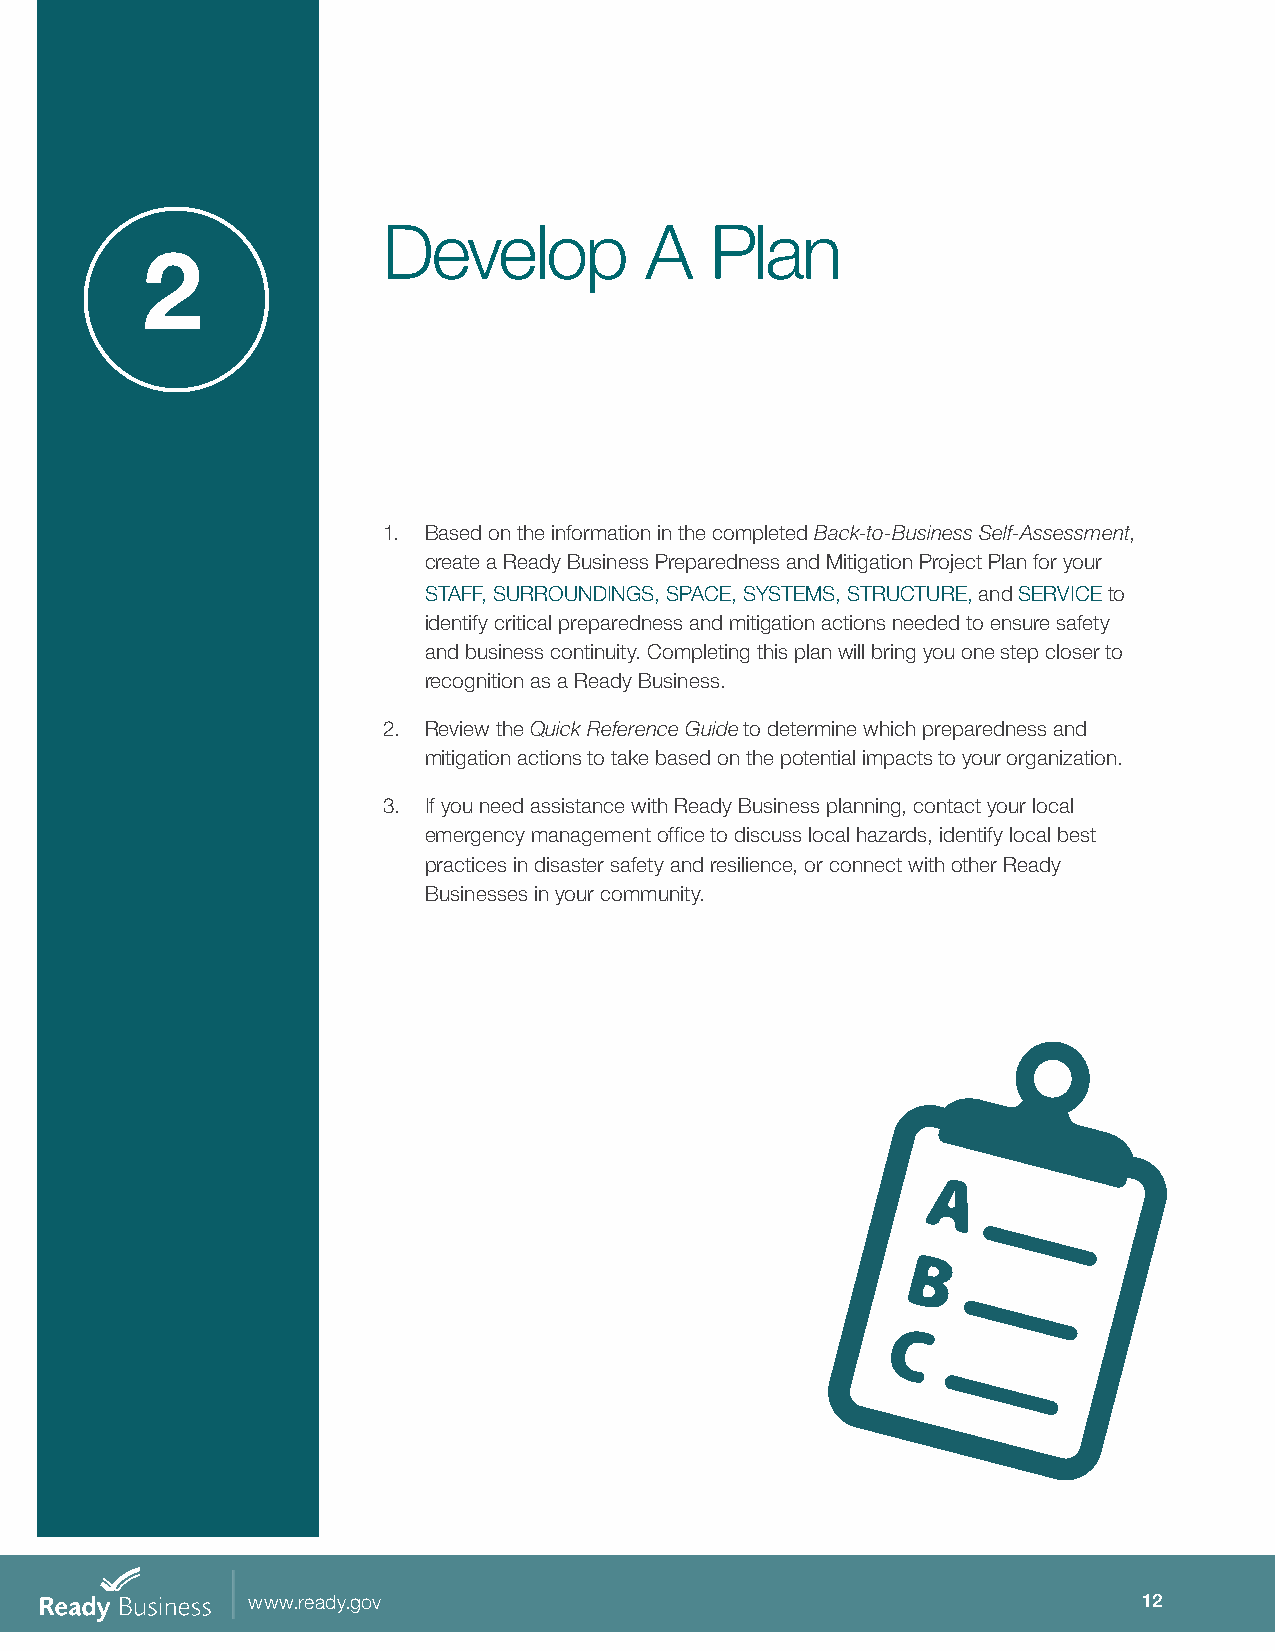
Develop           A   Plan
 2
 1. Based on the information in the completed Back-to-Business Self-Assessment,
 create a Ready Business Preparedness and Mitigation Project Plan for your
 STAFF, SURROUNDINGS, SPACE, SYSTEMS, STRUCTURE, and SERVICE to
 identify critical preparedness and mitigation actions needed to ensure safety
 and business continuity. Completing this plan will bring you one step closer to
 recognition as a Ready Business.
 2. Review the Quick Reference Guide to determine which preparedness and
 mitigation actions to take based on the potential impacts to your organization.
 3. If you need assistance with Ready Business planning, contact your local
 emergency management office to discuss local hazards, identify local best
 practices in disaster safety and resilience, or connect with other Ready
 Businesses in your community.
 www.ready.gov                                               12